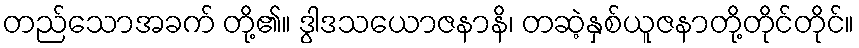
တည်သောအခက် တို့၏။ ဒွါဒသယောဇနာနိ၊ တဆဲ့နှစ်ယူဇနာတို့တိုင်တိုင်။